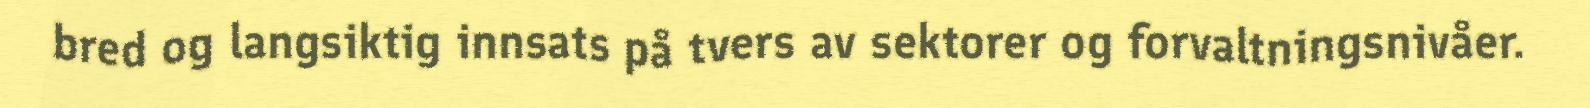
bred og langsiktig innsats på tvers av sektorer og forvaltningsnivåer.